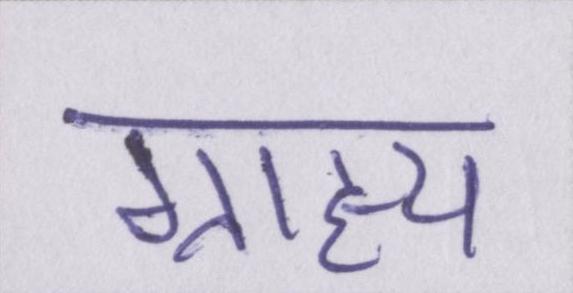
ग्राह्य